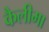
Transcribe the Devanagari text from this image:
कैलीमा